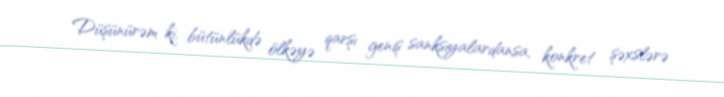
Düşünürəm ki, bütünlükdə ölkəyə qarşı geniş sanksiyalardansa, konkret şəxslərə